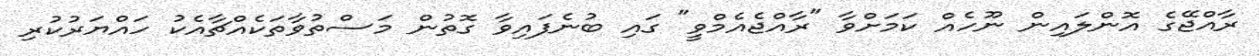
ރާއްޖޭގެ އޮންލައިން ނޫހެއް ކަމަށްވާ "ރާއްޖެއެމްވީ" ގައި ބުނެފައިވާ ގޮތުން މަސްތުވާތަކެއްޗާއެކު ހައްޔަރުކުރި